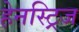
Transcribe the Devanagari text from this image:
हेनस्ट्रिज